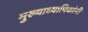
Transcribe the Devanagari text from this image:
मुख्याध्यापिकांनी